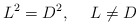
\begin{align*}L^2 = D^2, \hspace{5mm} L \ne D \end{align*}